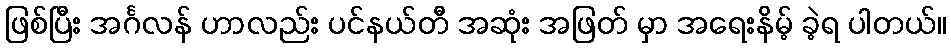
ဖြစ်ပြီး အင်္ဂလန် ဟာလည်း ပင်နယ်တီ အဆုံး အဖြတ် မှာ အရေးနိမ့် ခဲ့ရ ပါတယ်။